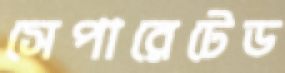
সেপারেটেড